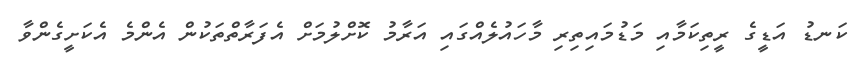
ކަނޑު އަޑީގެ ރީތިކަމާއި މަޑުމައިތިރި މާހައުލެއްގައި އަރާމު ކޮށްލުމަށް އެފަރާތްތަކުން އެންމެ އެކަށީގެންވާ